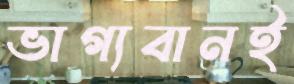
ভাগ্যবানই